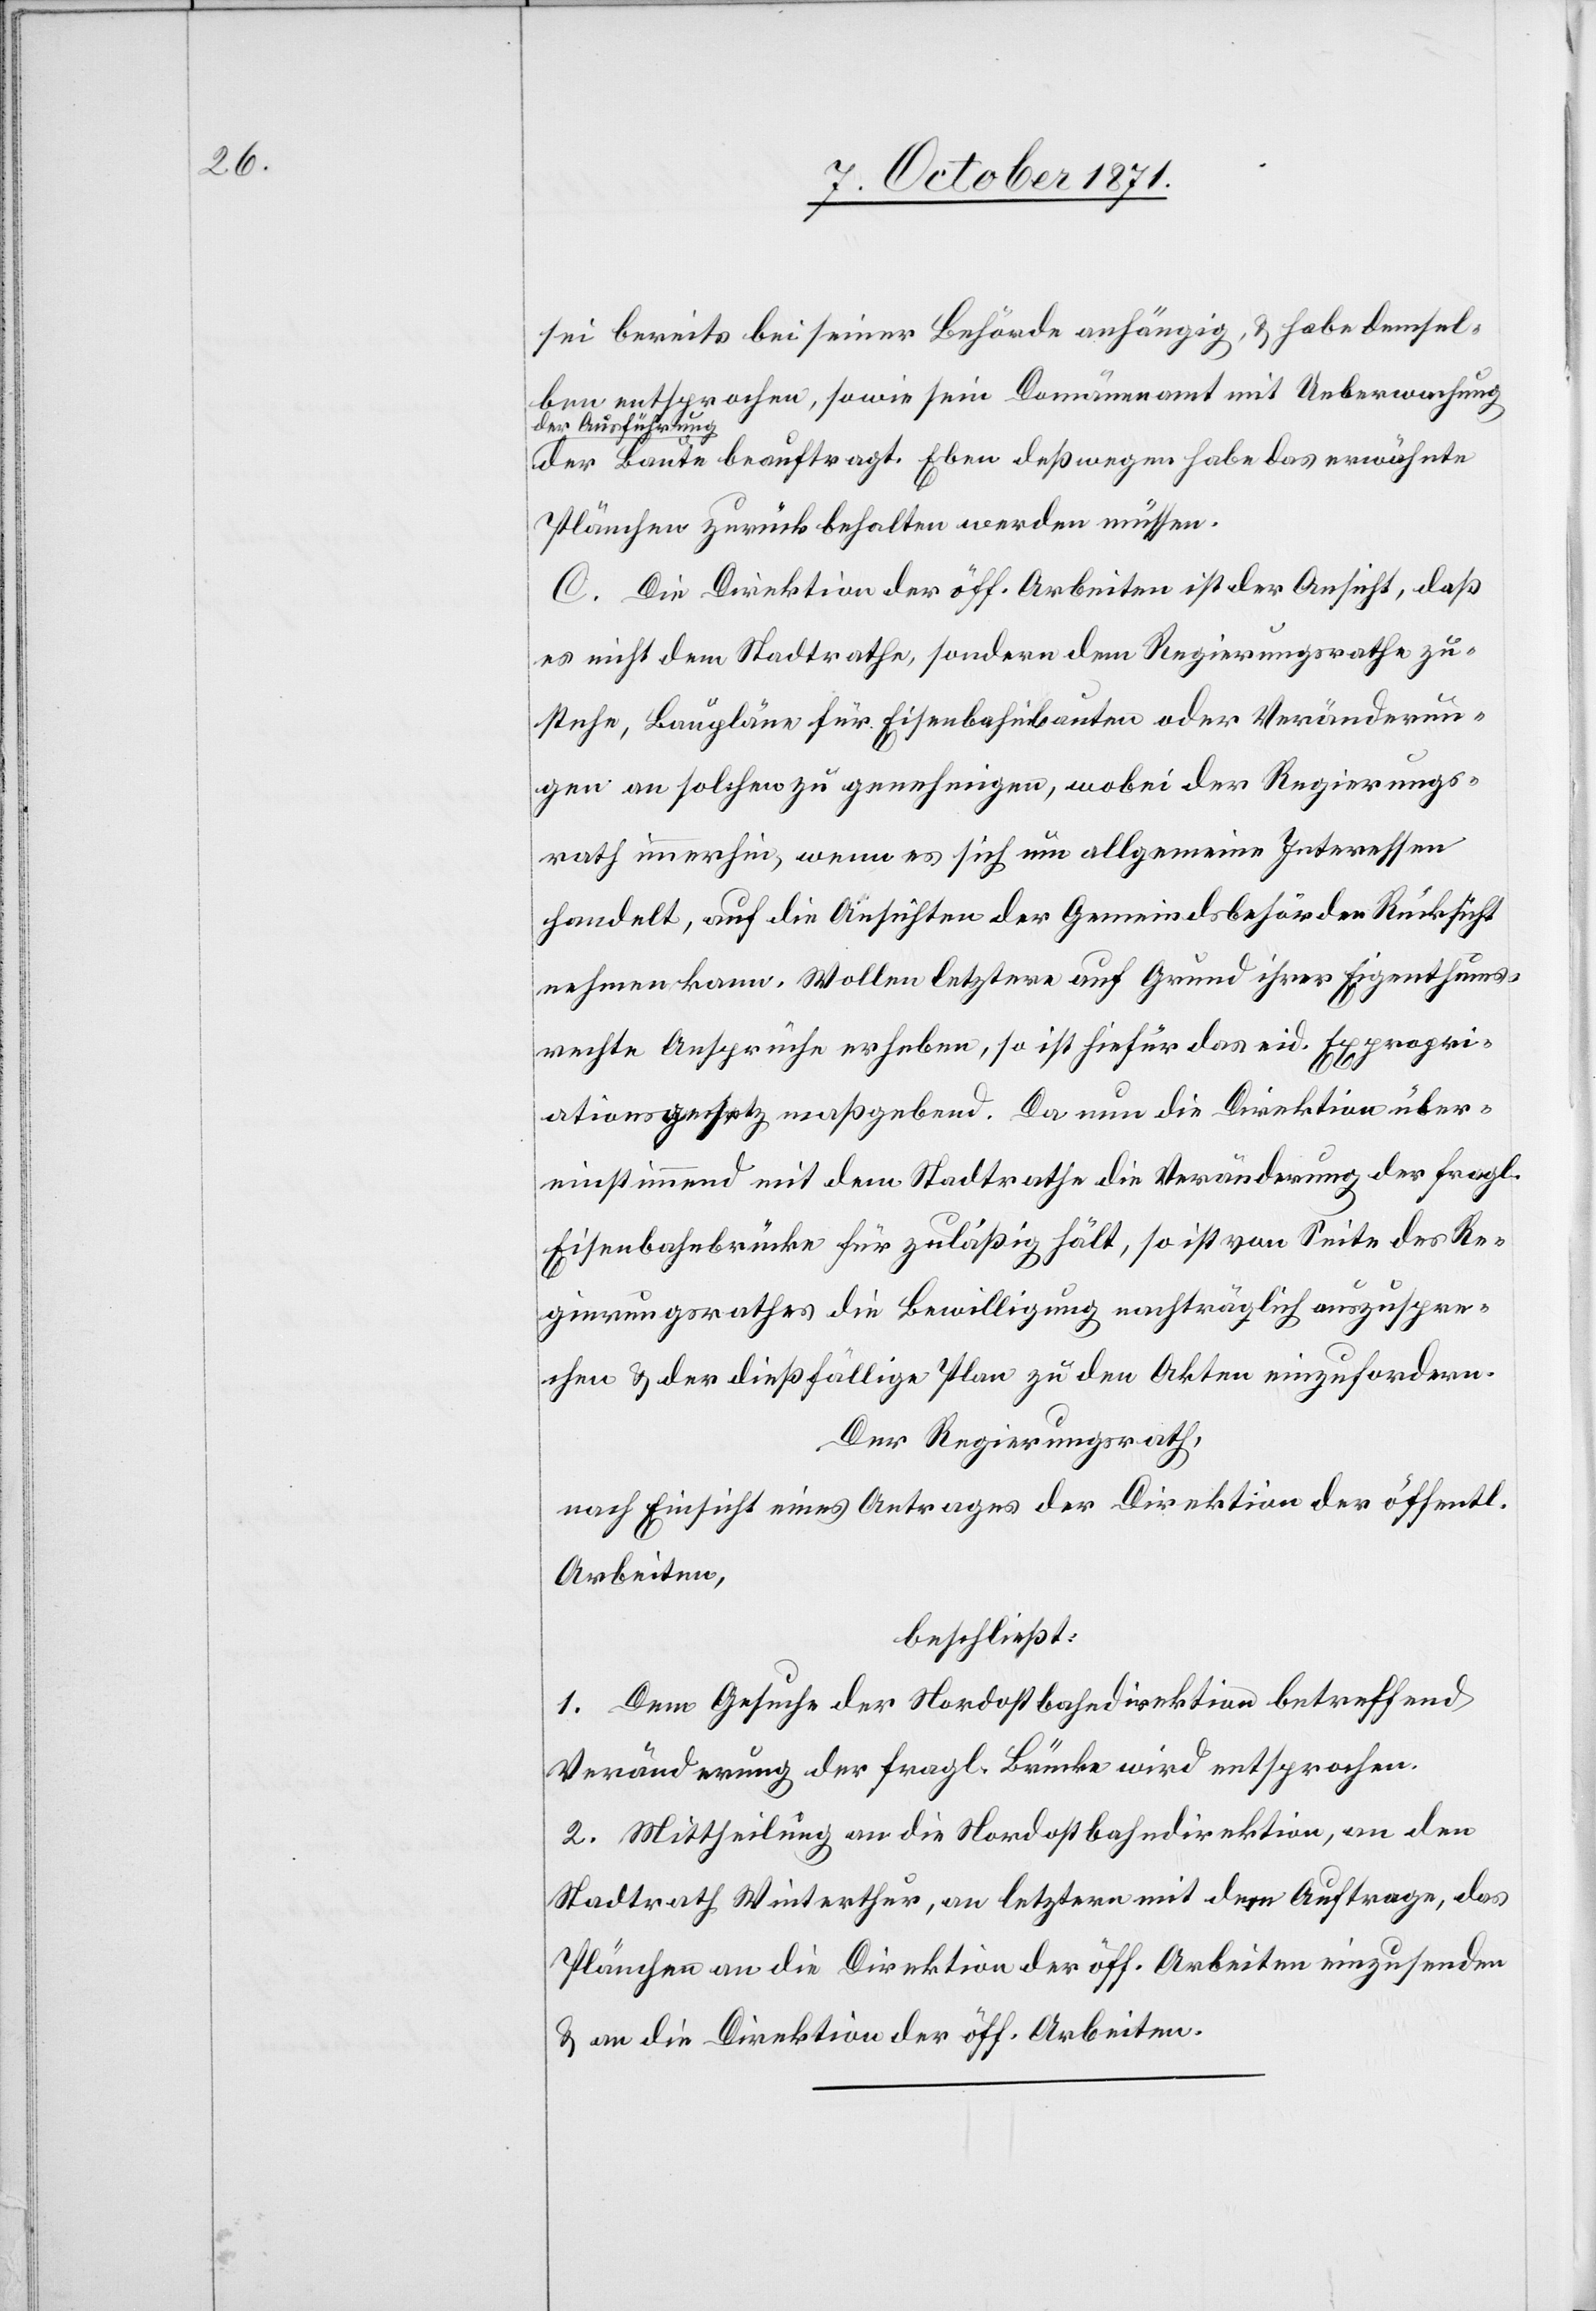
sei bereits bei seiner Behörde anhängig, & habe demsel¬
ben entsprochen, sowie sein Domänenamt mit Ueberwachung
führung
der Aus¬
der Baute beauftragt. Eben deßwegen habe das erwähnte
Plänchen zurück behalten werden müssen.
C. Die Direktion der öff. Arbeiten ist der Ansicht, daß
es nicht dem Stadtrathe, sondern dem Regierungsrathe zu¬
stehe, Baupläne für Eisenbahnbauten oder Veränderun¬
gen an solchen zu genehmigen, wobei der Regierungs¬
rath immerhin, wenn es sich um allgemeine Interessen
handelt, auf die Ansichten der Gemeindsbehörden Rücksicht
nehmen kann. Wollen letztere auf Grund ihrer Eigenthums¬
rechte Ansprüche erheben, so ist hiefür das eid. Expropri¬
ationsgesetz maßgebend. Da nun die Direktion über¬
einstimmend mit dem Stadtrathe die Veränderung der fragl.
Eisenbahnbrücke für zuläßig hält, so ist von Seite des Re¬
gierungsrathes die Bewilligung nachträglich auszuspre¬
chen & der dießfällige Plan zu den Akten einzufordern.
Der Regierungsrath,
nach Einsicht eines Antrages der Direktion der öffentl.
Arbeiten,
beschließt:
1. Dem Gesuch der Nordostbahndirektion betreffend
Veränderung der frag. Brücke wird entsprochen.
2. Mittheilung an die Nordostbahndirektion, an den
Stadtrath Winterthur, an letztern mit dem Auftrage, das
Plänchen an die Direktion der öff. Arbeiten einzusenden
& an die Direktion der öff. Arbeiten.